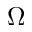
\Omega